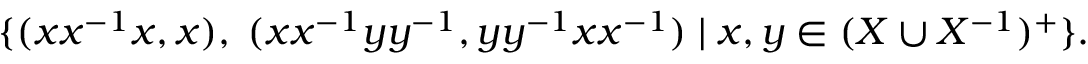
\{ ( x x ^ { - 1 } x , x ) , \; ( x x ^ { - 1 } y y ^ { - 1 } , y y ^ { - 1 } x x ^ { - 1 } ) \; | \; x , y \in ( X \cup X ^ { - 1 } ) ^ { + } \} .